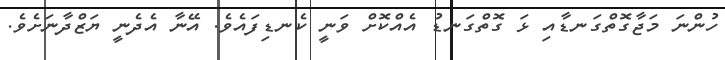
ހުންނަ މަޖާގޮތްގަނޑާއި ޅަ ގޮތްގަނޑު އެއްކޮށް ވަނީ ކެނޑިފައެވެ. އޭނާ އެދެނީ ޔަޒްދާނަށެވެ.